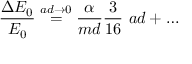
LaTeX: { \frac { \Delta E _ { 0 } } { E _ { 0 } } } \stackrel { a d \to 0 } { = } { \frac { \alpha } { m d } } { \frac { 3 } { 1 6 } } \ { a d } + \ldots